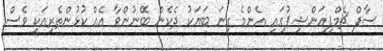
ސާފް ޗެމްޕިއަންޝިޕުގައި އެންމެ ގިނަ ބަޔަކު ދެކެން ބޭނުންވާ އެއް ކުޅުންތެރިއަކީ ވެސް